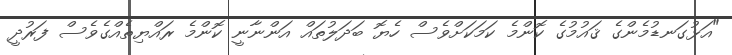
"އަޅުގަނޑުމެންގެ ޤައުމުގެ ކޮންމެ ކަމަކަށްވެސް ހެޔޮ ބަދަލުތައް އަންނާނީ ކޮންމެ ރައްޔިތެއްގެވެސް ފަރުދީ